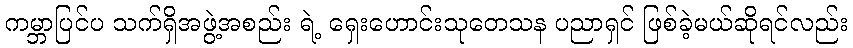
ကမ္ဘာပြင်ပ သက်ရှိအဖွဲ့အစည်း ရဲ့ ရှေးဟောင်းသုတေသန ပညာရှင် ဖြစ်ခဲ့မယ်ဆိုရင်လည်း